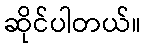
ဆိုင်ပါတယ်။